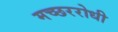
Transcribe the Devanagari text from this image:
मच्छररोधी